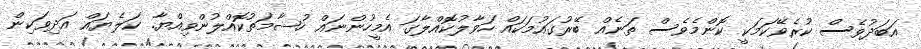
އަބަދުވެސް ކުރެވޭކަމަކީ ކޮންމެވެސް ތަނެއް ބޭރުގައުމަކައް ހަވާލުކޮއްލާގަ އެމީހުންނައް ހުޝާމަތުކޮއްލުންވިއްޔާ. ކަލެޔައް އަދިވަކިން